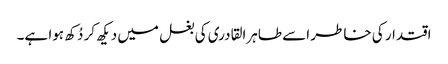
اقتدار کی خاطر اسے طاہرالقادری کی بغل میں دیکھ کر دُکھ ہوا ہے۔